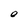
Character: O